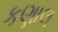
કણાલ